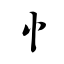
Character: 忄